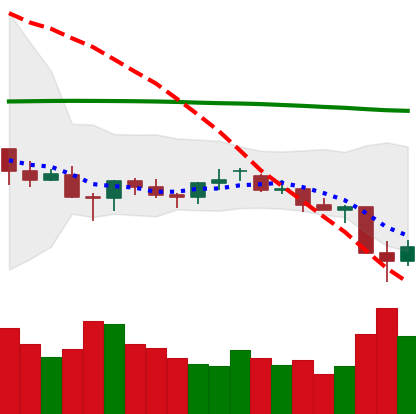
Ticker: LTC-USD
Chart end date: 2021-06-23
Forward return: 6.758%
Label: up_5_7